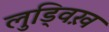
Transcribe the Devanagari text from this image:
लुड्विख़